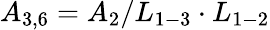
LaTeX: {A_{3,6}}={A_{2}}/{L_{1-3}}\cdot{L_{1-2}}